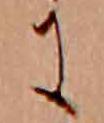
に